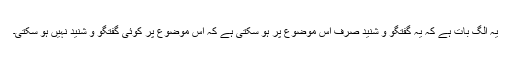
یہ الگ بات ہے کہ یہ گفتگو و شنید صرف اس موضوع پر ہو سکتی ہے کہ اس موضوع پر کوئی گفتگو و شنید نہیں ہو سکتی۔